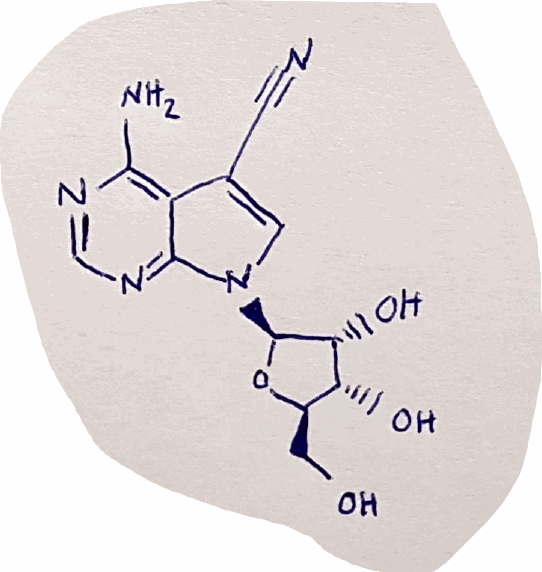
Simplified molecular-input line-entry system (SMILES) notation of the given molecule:
C1=C(C2=C(N=CN=C2N1[C@H]3[C@@H]([C@@H]([C@H](O3)CO)O)O)N)C#N